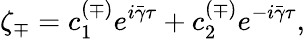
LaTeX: \zeta_{\mp}=c_{1}^{(\mp)}e^{i\bar{\gamma}\tau}+c_{2}^{(\mp)}e^{-i\bar{\gamma}\tau},